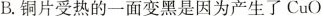
B.铜片受热的一面变黑是因为产生了CuO